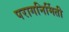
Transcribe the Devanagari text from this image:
परागनिर्मिती